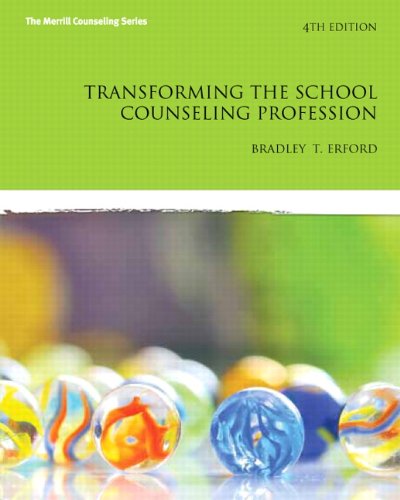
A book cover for Transforming the School Counseling Profession (4th Edition) (Merrill Counseling); Bradley T. Erford; Business & Money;